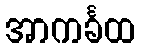
အာကင်္ခထ